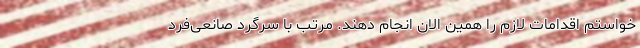
خواستم اقدامات لازم را همین الان انجام دهند. مرتب با سرگرد صانعی‌فرد